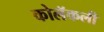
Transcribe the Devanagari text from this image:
कोलॅकली